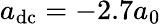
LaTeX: a_{\mathrm{dc}}=-2.7a_{0}